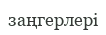
заңгерлері